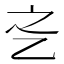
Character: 𬼛